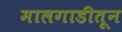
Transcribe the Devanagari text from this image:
मालगाडीतून